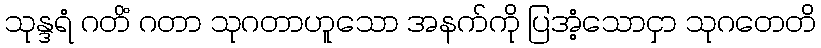
သုန္ဒရံ ဂတိံ ဂတာ သုဂတာဟူသော အနက်ကို ပြအံ့သောငှာ သုဂတေတိ